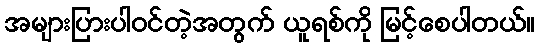
အများပြားပါဝင်တဲ့အတွက် ယူရစ်ကို မြင့်စေပါတယ်။